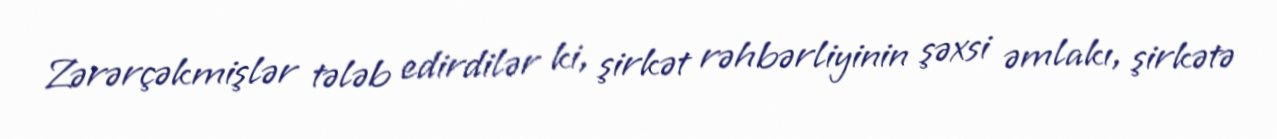
Zərərçəkmişlər tələb edirdilər ki, şirkət rəhbərliyinin şəxsi əmlakı, şirkətə